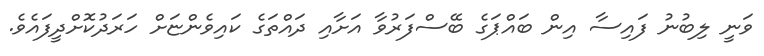
ވަނީ ލިބުނު ފައިސާ އިން ބައްޕަގެ ބޭސްފަރުވާ އަށާއި ދައްތަގެ ކައިވެންޏަށް ހަރަދުކޮށްދީފައެވެ.